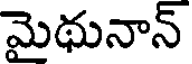
మైథునాన్